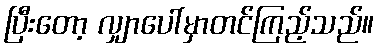
ပြီးတော့ လျှာပေါ်မှာတင်ကြည့်သည်။